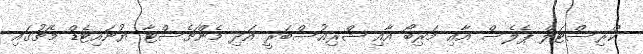
ކްރިސްޓަލް ޕެލެސް އާއި މަރިބޯ އާއި ޝްރިއުސްބަރީ އަދި މެންޗެސްޓާ ޔުނައިޓެޑް މެޗުގައި